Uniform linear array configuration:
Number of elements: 32
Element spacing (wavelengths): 0.5
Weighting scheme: hamming
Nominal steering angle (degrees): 45
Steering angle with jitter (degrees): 44.707
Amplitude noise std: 0.05
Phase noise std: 0.05

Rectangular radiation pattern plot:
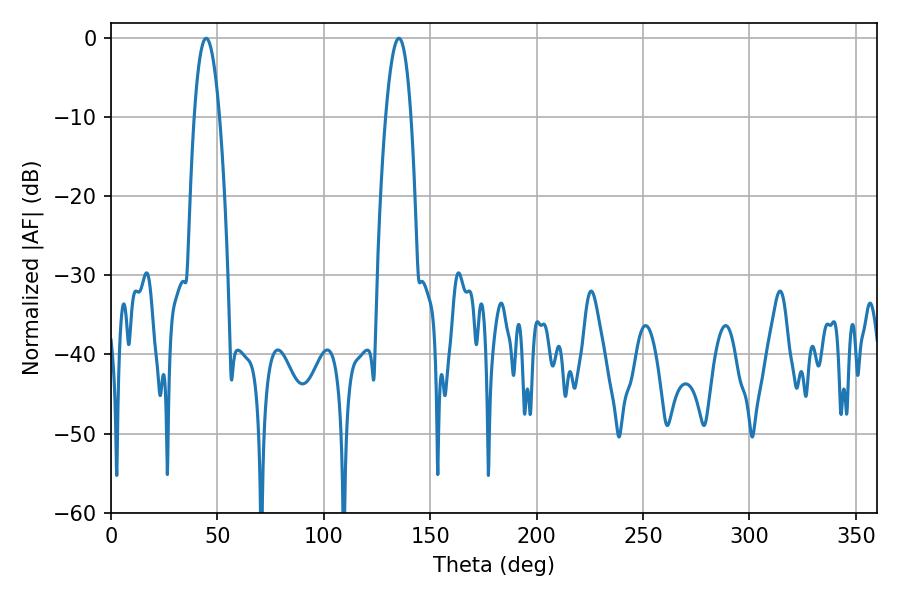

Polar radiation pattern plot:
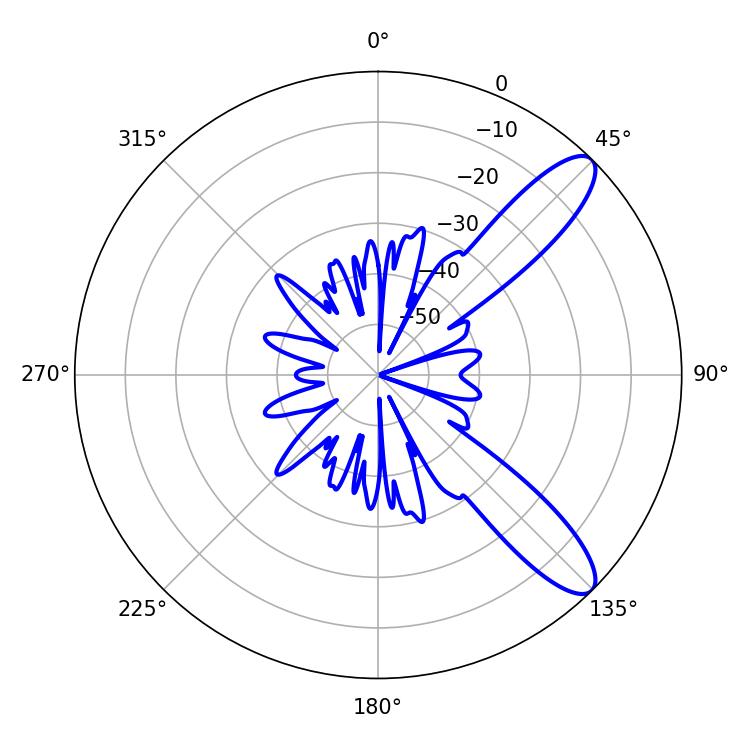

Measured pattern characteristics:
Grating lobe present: FALSE
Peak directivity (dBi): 10.607
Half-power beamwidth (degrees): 6.48
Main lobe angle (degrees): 44.64